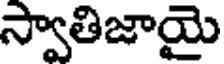
స్వాతిజాయై